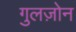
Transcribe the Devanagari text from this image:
गुलज़ोन